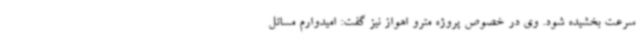
سرعت بخشیده شود. وی در خصوص پروژه مترو اهواز نیز گفت: امیدوارم مسائل